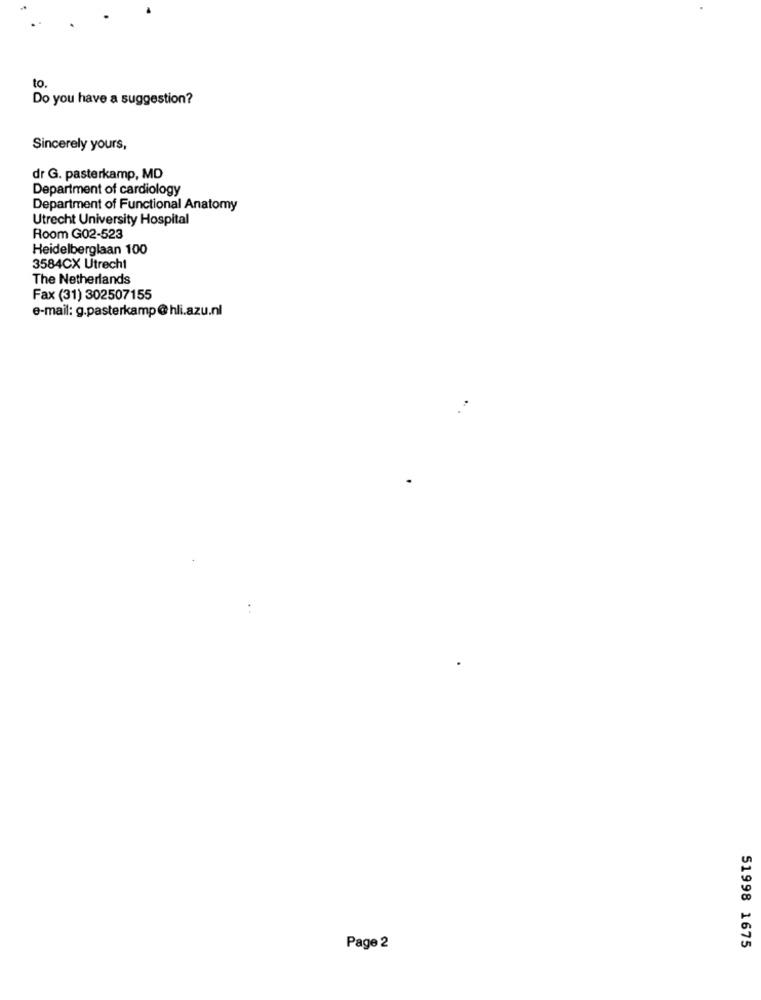
10
Do you have a suggestion?
Sincerely yours,
dr G. pasterkamp, MD
Department of cardiology
Department of Functional Anatomy
Utrecht University Hospital
Room G02-523
Heidelberglaan 100
3584CX Utrecht
The Netherlands
Fax (31) 302507155
e-mail: g.pasterkamp@hli.azu.nl
Page 2
51998 1675